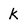
Character: k